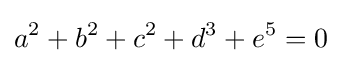
a^{2}+b^{2}+c^{2}+d^{3}+e^{5}=0